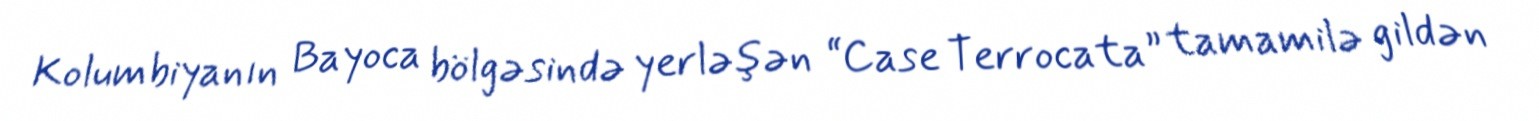
Kolumbiyanın Bayoca bölgəsində yerləşən “Case Terrocata” tamamilə gildən